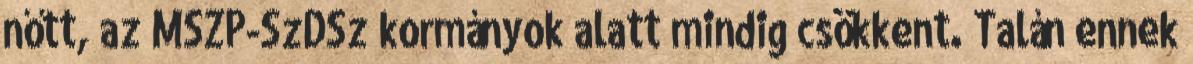
nőtt, az MSZP-SzDSz kormányok alatt mindig csökkent. Talán ennek